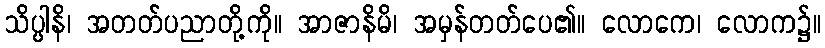
သိပ္ပါနိ၊ အတတ်ပညာတို့ကို။ အာဇာနိမိ၊ အမှန်တတ်ပေ၏။ လောကေ၊ လောက၌။